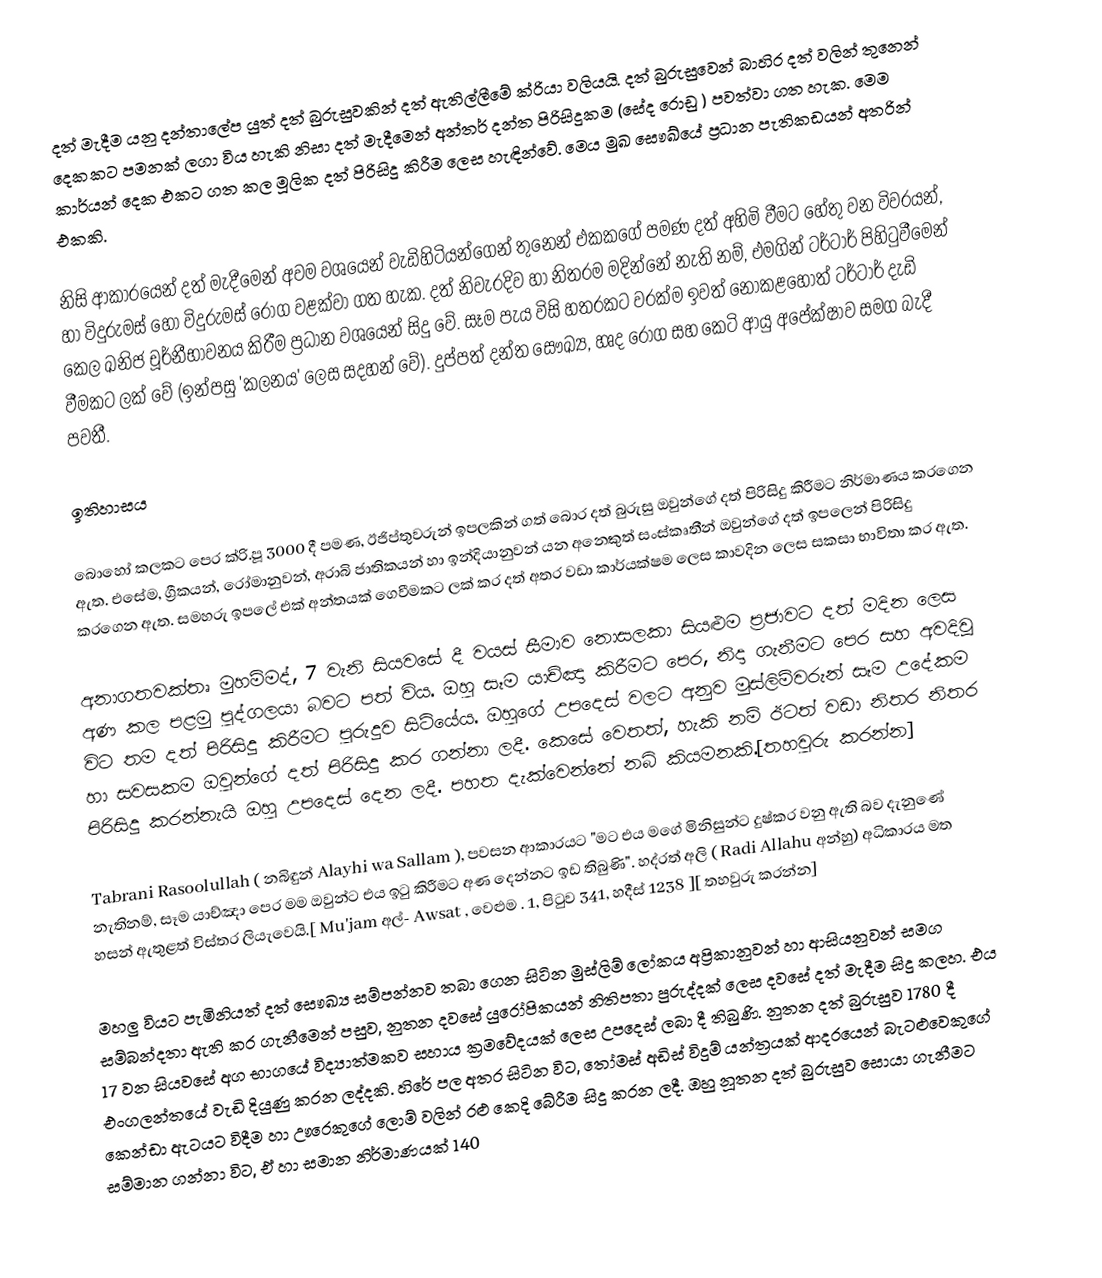
දත් මැදීම යනු  දන්තාලේප යුත් දත් බුරුසුවකින් දත් ඇතිල්ලීමේ ක්රියා වලියයි. දත් බුරුසුවෙන් බාහිර දත් වලින් තුනෙන් දෙකකට පමනක් ලගා විය හැකි නිසා දත් මැදීමෙන් අන්තර් දන්ත පිරිසිදුකම (සේද රොඩු ) පවත්වා ගත හැක. මෙම කාර්යන් දෙක එකට ගත කල  මූලික දත් පිරිසිදු කිරීම ලෙස හැඳින්වේ. මෙය මුඛ සෞඛ්යේ ප්‍රධාන පැතිකඩයන් අතරින් එකකි.

නිසි ආකාරයෙන් දත් මැදීමෙන් අවම වශයෙන් වැඩිහිටියන්ගෙන් තුනෙන් එකකගේ පමණ දත් අහිමි වීමට හේතු වන විවරයන්, හා විදුරුමස් හෝ විදුරුමස් රෝග වළක්වා ගත හැක. දත් නිවැරදිව හා නිතරම මදින්නේ නැති නම්, එමගින් ටර්ටාර් පිහිටුවීමෙන් කෙල ඛනිජ චූර්නීභාවනය කිරීම ප්‍රධාන වශයෙන් සිදු වේ. සෑම පැය විසි හතරකට වරක්ම ඉවත් නොකළහොත් ටර්ටාර් දැඩි වීමකට ලක් වේ (ඉන්පසු 'කලනය' ලෙස සදහන් වේ). දුප්පත් දන්ත සෞඛ්‍ය, හෘද රෝග සහ කෙටි ආයු අපේක්ෂාව සමග බැදී පවතී.

ඉතිහාසය

බොහෝ කලකට පෙර ක්රි.පූ 3000 දී පමණ, ඊජිප්තුවරුන්  ඉපලකින් ගත් බොර දත් බුරුසු ඔවුන්ගේ දත් පිරිසිදු කිරීමට නිර්මාණය කරගෙන ඇත. එසේම, ග්‍රීකයන්, රෝමානුවන්, අරාබි ජාතිකයන් හා ඉන්දියානුවන් යන අනෙකුත් සංස්කෘතීන් ඔවුන්ගේ දත් ඉපලෙන් පිරිසිදු කරගෙන ඇත. සමහරු ඉපලේ එක් අන්තයක් ගෙවීමකට ලක් කර දත් අතර වඩා කාර්යක්ෂම ලෙස කාවදින ලෙස සකසා භාවිතා කර ඇත.

අනාගතවක්තෘ මුහම්මද්, 7 වැනි සියවසේ දී වයස් සීමාව නොසලකා සියළුම ප්‍රජාවට දත් මදින ලෙස අණ කල පළමු පුද්ගලයා බවට පත් විය. ඔහු සෑම යාච්ඤා කිරීමට පෙර, නිදා ගැනීමට පෙර  සහ අවදිවූ විට තම දත් පිරිසිදු කිරීමට පුරුදුව සිටියේය. ඔහුගේ උපදෙස් වලට අනුව මුස්ලිම්වරුන් සෑම උදේකම හා සවසකම ඔවුන්ගේ දත් පිරිසිදු කර ගන්නා ලදී. කෙසේ වෙතත්, හැකි නම් ඊටත් වඩා නිතර නිතර පිරිසිදු කරන්නැයි ඔහු උපදෙස් දෙන ලදී. පහත දැක්වෙන්නේ නබි කියමනකි.[තහවුරු කරන්න]

Tabrani Rasoolullah ( නබිඳුන් Alayhi wa Sallam ), පවසන ආකාරයට "මට එය මගේ මිනිසුන්ට දුෂ්කර වනු ඇති බව දැනුණේ නැතිනම්, සෑම යාච්ඤා පෙර මම ඔවුන්ට එය ඉටු කිරීමට අණ දෙන්නට ඉඩ තිබුණි". හද්රත් අලි ( Radi Allahu අන්හු) අධිකාරය මත හසන් ඇතුළත් විස්තර ලියැවෙයි.[ Mu'jam අල්- Awsat , වෙළුම . 1, පිටුව 341, හදීස් 1238 ][ තහවුරු කරන්න]

මහලු වියට පැමිනියත් දත් සෞඛ්‍ය සම්පන්නව තබා ගෙන සිටින  මුස්ලිම් ලෝකය අප්‍රිකානුවන් හා ආසියනුවන් සමග සම්බන්දතා ඇති කර ගැනීමෙන් පසුව, නුතන දවසේ යුරෝපිකයන් නිතිපතා පුරුද්දක් ලෙස දවසේ දත් මැදීම සිදු කලහ. එය 17 වන සියවසේ අග භාගයේ විද්‍යාත්මකව සහාය ක්‍රමවේදයක් ලෙස උපදෙස් ලබා දී තිබුණි. නුතන දත් බුරුසුව  1780 දී එංගලන්තයේ වැඩි දියුණු කරන ලද්දකි. හිරේ පල අතර සිටින විට, තෝමස් අඩිස් විදුම් යන්ත්‍රයක් ආදරයෙන් බැටළුවෙකුගේ කෙන්ඩා ඇටයට විදීම හා ඌරෙකුගේ ලොම් වලින් රළු කෙදි බේරීම සිදු කරන ලදී. ඔහු නූතන දත් බුරුසුව සොයා ගැනීමට සම්මාන ගන්නා විට, ඒ හා සමාන නිර්මාණයක් 140